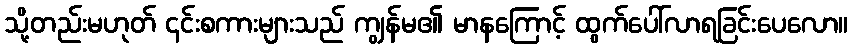
သို့တည်းမဟုတ် ၎င်းစကားများသည် ကျွန်မ၏ မာနကြောင့် ထွက်ပေါ်လာရခြင်းပေလော။